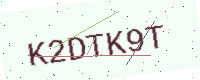
Text: K2DTK9T